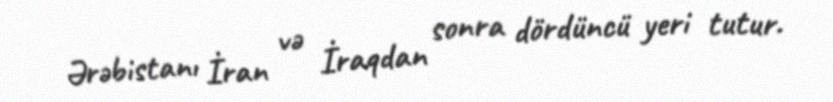
Ərəbistanı İran və İraqdan sonra dördüncü yeri tutur.